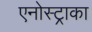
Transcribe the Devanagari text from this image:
एनोस्ट्राका